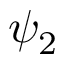
\psi _ { 2 }